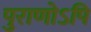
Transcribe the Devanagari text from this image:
पुराणोऽपि